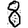
Digit: 8